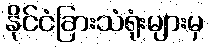
နိုင်ငံခြားသံရုံးများမှ